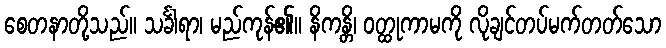
စေတနာတို့သည်။ သင်္ခါရာ၊ မည်ကုန်၏။ နိကန္တိ၊ ဝတ္ထုကာမကို လိုချင်တပ်မက်တတ်သော